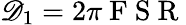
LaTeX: \mathscr{D}_{1}=2\pi\mathrm{{~F~S~R~}}